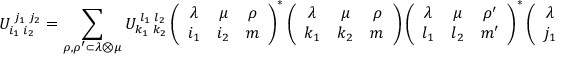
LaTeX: U _ { i _ { 1 } \, \, i _ { 2 } } ^ { \, \, j _ { 1 } \, \, j _ { 2 } } = \sum _ { \rho , \rho ^ { \prime } \subset \lambda \otimes \mu } U _ { k _ { 1 } \, \, k _ { 2 } } ^ { \, \, l _ { 1 } \, \, l _ { 2 } } \left( \begin{array} { c c c } { { \lambda } } & { { \mu } } & { { \rho } } \\ { { i _ { 1 } } } & { { i _ { 2 } } } & { { m } } \end{array} \right) ^ { \ast } \left( \begin{array} { c c c } { { \lambda } } & { { \mu } } & { { \rho } } \\ { { k _ { 1 } } } & { { k _ { 2 } } } & { { m } } \end{array} \right) \left( \begin{array} { c c c } { { \lambda } } & { { \mu } } & { { \rho ^ { \prime } } } \\ { { l _ { 1 } } } & { { l _ { 2 } } } & { { m ^ { \prime } } } \end{array} \right) ^ { \ast } \left( \begin{array} { c c c } { { \lambda } } & { { \mu } } & { { \rho ^ { \prime } } } \\ { { j _ { 1 } } } & { { j _ { 2 } } } & { { m ^ { \prime } } } \end{array} \right) \, \, .